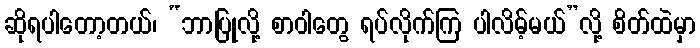
ဆိုရပါတော့တယ်၊ “ဘာပြုလို့ စာဝါတွေ ရပ်လိုက်ကြ ပါလိမ့်မယ်”လို့ စိတ်ထဲမှာ